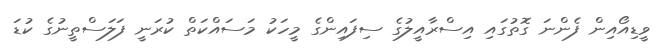
ވީޑިއޯއިން ފެންނަ ގޮތުގައި އިސްރާއީލުގެ ސިފައިންގެ މީހަކު މަސައްކަތް ކުރަނީ ފަލަސްތީނުގެ ކުޑަ